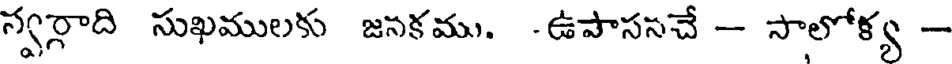
స్వర్గాది సుఖములకు జసకము. -ఉపాససచే - సాలోళ్య -